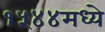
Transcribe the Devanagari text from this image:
१५४४मध्ये